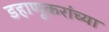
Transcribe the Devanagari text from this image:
डहाणूकरांच्या